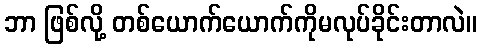
ဘာ ဖြစ်လို့ တစ်ယောက်ယောက်ကိုမလုပ်ခိုင်းတာလဲ။